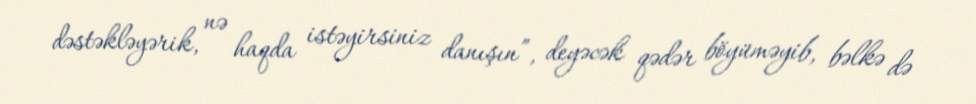
dəstəkləyərik, nə haqda istəyirsiniz danışın”, deyəcək qədər böyüməyib, bəlkə də